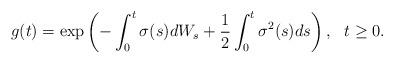
LaTeX: \begin{align*}g(t)=\exp \left( -\int_{0}^{t}\sigma (s)dW_{s}+\frac{1}{2}\int_{0}^{t}\sigma^{2}(s)ds\right) ,\ \ t\geq 0. \end{align*}